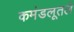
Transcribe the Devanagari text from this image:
कमंडलूतले